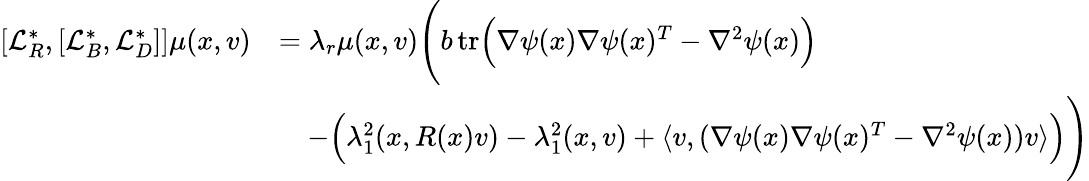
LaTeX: \begin{array}{rl}{[\mathcal{L}_{R}^{*},[\mathcal{L}_{B}^{*},\mathcal{L}_{D}^{*}]]\mu(x,v)}&{=\lambda_{r}\mu(x,v)\Bigg(b\, \textnormal{tr}\Big(\nabla\psi(x)\nabla\psi(x)^{T}-\nabla^{2}\psi(x)\Big)}\\ &{\quad-\Big(\lambda_{1}^{2}(x,R(x)v)-\lambda_{1}^{2}(x,v)+\langle v,(\nabla\psi(x)\nabla\psi(x)^{T}-\nabla^{2}\psi(x))v\rangle\Big)\Bigg)}\end{array}